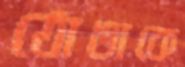
ঠোঙাকে